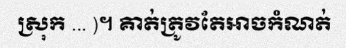
ស្រុក ... )។ គាត់ត្រូវតែអាចកំណត់